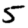
Digit: 5